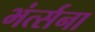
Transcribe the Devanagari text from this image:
भंर्त्सना